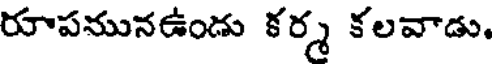
రూపమునఉండు కర్మ కలవాడు.